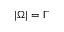
| \Omega | = \Gamma